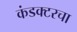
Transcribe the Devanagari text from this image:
कंडक्टरचा